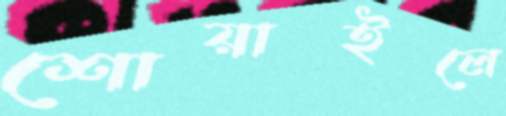
শোয়াইলে